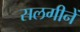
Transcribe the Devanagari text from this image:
सलगीनें